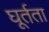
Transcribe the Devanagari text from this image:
घूर्तता